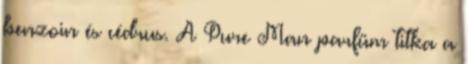
benzoin és cédrus. A Pure Man parfüm titka a